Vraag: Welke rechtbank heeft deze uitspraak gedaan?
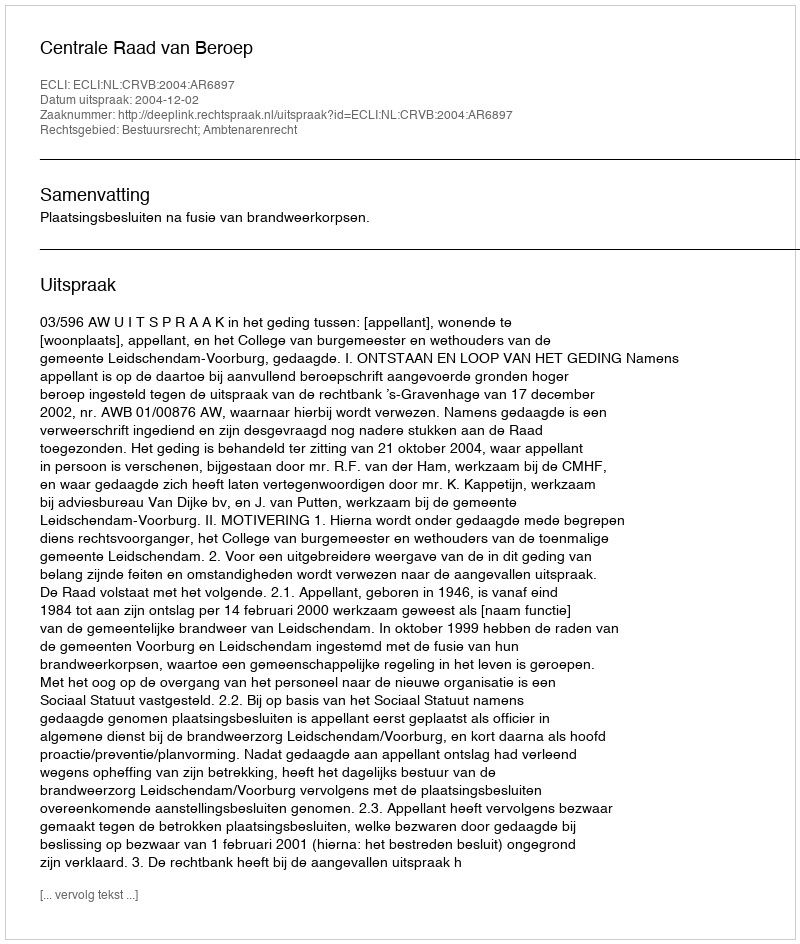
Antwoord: Centrale Raad van Beroep